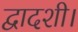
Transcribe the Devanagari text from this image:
द्वादशी।